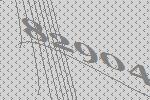
82904